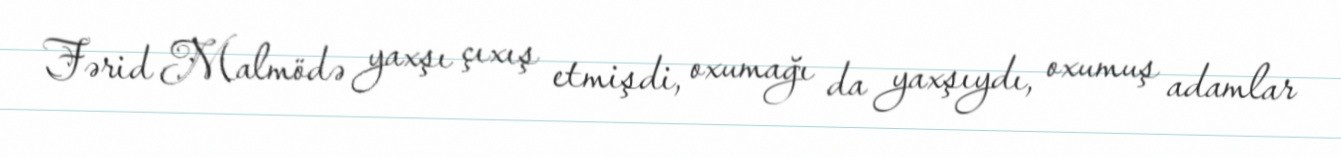
Fərid Malmödə yaxşı çıxış etmişdi, oxumağı da yaxşıydı, oxumuş adamlar